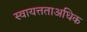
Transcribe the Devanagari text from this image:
स्वायत्तताअधिक